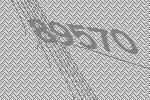
89570